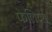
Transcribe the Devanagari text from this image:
फेलिप्स